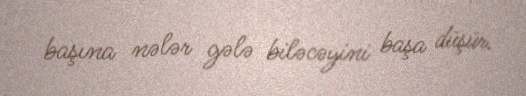
başına nələr gələ biləcəyini başa düşür.